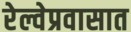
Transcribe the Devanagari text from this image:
रेल्वेप्रवासात